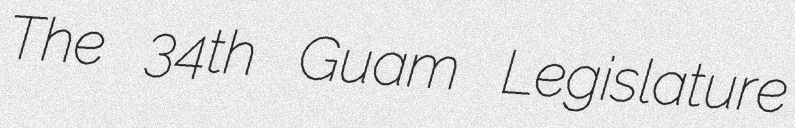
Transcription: The 34th Guam Legislature